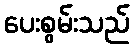
ပေးစွမ်းသည်